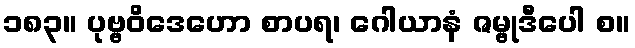
၁၈၃။ ပုဗ္ဗဝိဒေဟော စာပရ၊ ဂေါယာနံ ဇမ္ဗုဒီပေါ စ။